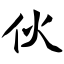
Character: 伙